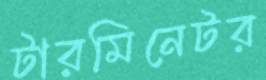
টারমিনেটর